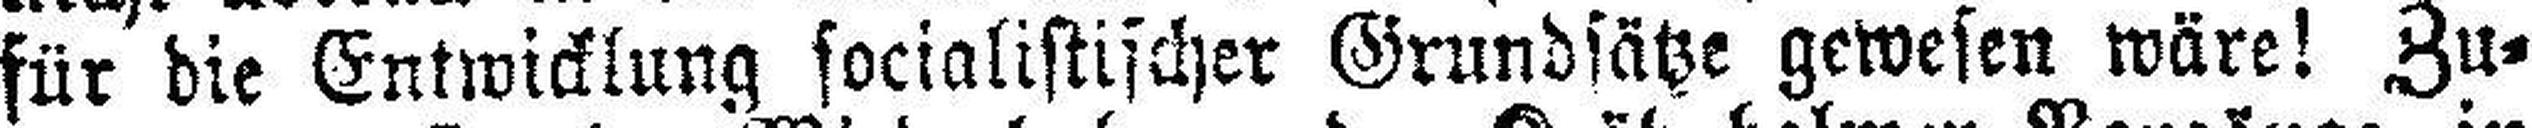
für die Entwicklung socialistischer Grundsätze gewesen wäre! Zu¬